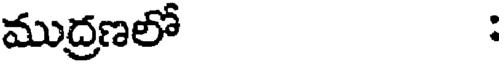
ముద్రణలో :